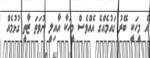
އެ މީހަކީ ބޭރު ގައުމެއްގެ އެއްވެސް މީހަކާ އާއިލީ ނުވަތަ ޒާތީ ގުޅުމެއް